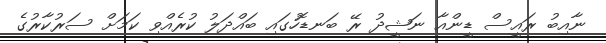
ނާއިބު ރައީސް ޑީންއާ ނަޝީދު ރޭ ބަނޑޮހުގައި ބައްދަލު ކުރެއްވި ކަމަށް ސަރުކާރުގެ